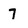
Character: 7